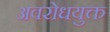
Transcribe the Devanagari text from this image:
अवरोधयुक्त